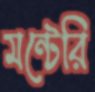
মন্টেরি